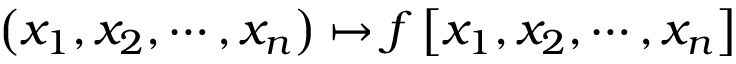
\left( x _ { 1 } , x _ { 2 } , \cdots , x _ { n } \right) \mapsto f \left[ x _ { 1 } , x _ { 2 } , \cdots , x _ { n } \right]